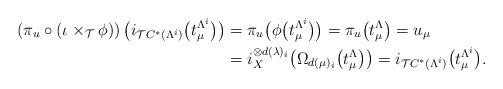
LaTeX: \begin{align*}\left(\pi_u\circ (\iota \times_\mathcal{T} \phi)\right)\big(i_{\mathcal{T}C^*(\Lambda^i)}\big(t_\mu^{\Lambda^i}\big)\big)&=\pi_u\big(\phi\big(t_\mu^{\Lambda^i} \big)\big)=\pi_u\big(t_\mu^\Lambda\big)=u_\mu\\&=i_X^{\otimes d(\lambda)_i}\big(\Omega_{d(\mu)_i}\big(t_\mu^\Lambda\big)\big)=i_{\mathcal{T}C^*(\Lambda^i)}\big(t_\mu^{\Lambda^i}\big).\end{align*}